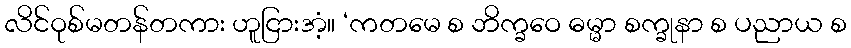
လိင်ဝုစ်မတန်တကား ဟူငြားအံ့။ ‘ကတမေ စ ဘိက္ခဝေ ဓမ္မာ စက္ခုနာ စ ပညာယ စ